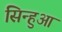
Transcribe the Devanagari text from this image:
सिन्हुआ